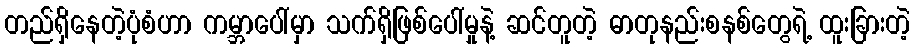
တည်ရှိနေတဲ့ပုံစံဟာ ကမ္ဘာပေါ်မှာ သက်ရှိဖြစ်ပေါ်မှုနဲ့ ဆင်တူတဲ့ ဓာတုနည်းစနစ်တွေရဲ့ ထူးခြားတဲ့